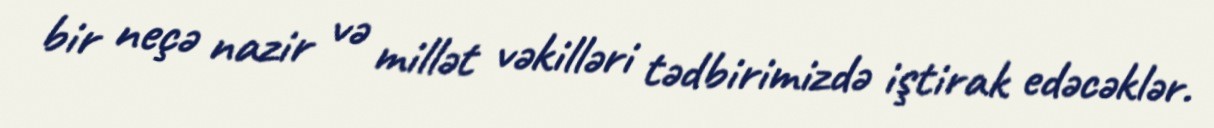
bir neçə nazir və millət vəkilləri tədbirimizdə iştirak edəcəklər.